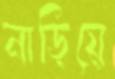
নাড়িয়ে